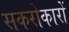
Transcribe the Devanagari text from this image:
सकरोकारों